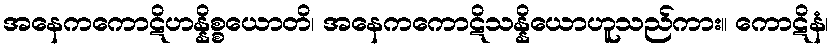
အနေကကောဋိဟန္နိစ္စယောတိ၊ အနေကကောဋိသန္နိယောဟူသည်ကား။ ကောဋိနံ၊